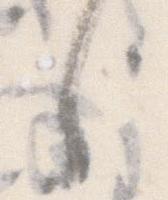
し